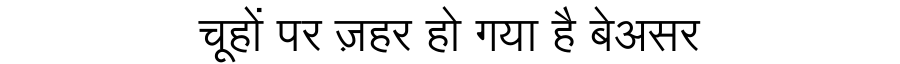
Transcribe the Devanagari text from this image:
चूहों पर ज़हर हो गया है बेअसर